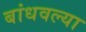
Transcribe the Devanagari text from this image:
बांधवल्या